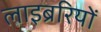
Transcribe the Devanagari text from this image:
लाइब्ररियों